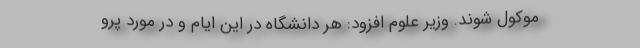
موکول شوند. وزیر علوم افزود: هر دانشگاه در این ایام و در مورد پرو